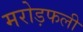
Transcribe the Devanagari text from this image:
मरोड़फली